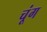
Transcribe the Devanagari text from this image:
चूंग